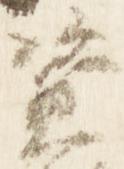
資